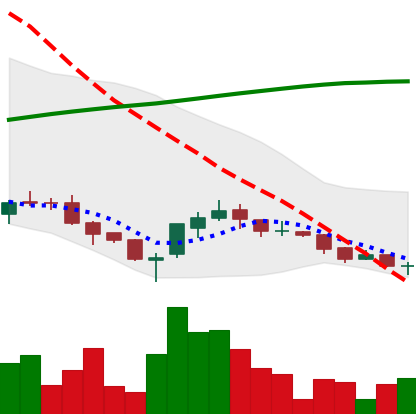
Ticker: ADA-USD
Chart end date: 2018-03-30
Forward return: 5.534%
Label: up_5_7